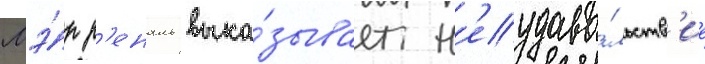
Мэ́р р'еналь выка́зывает н'еудово́льств'ие